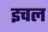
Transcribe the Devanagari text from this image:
इचल